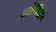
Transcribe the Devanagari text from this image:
लोचिआ